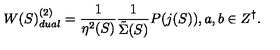
W ( S ) _ { d u a l } ^ { ( 2 ) } = \frac { 1 } { \eta ^ { 2 } ( S ) } \frac { 1 } { { \tilde { \Sigma } } ( S ) } P ( j ( S ) ) , a , b \in Z ^ { \dagger } .